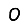
Digit: 0